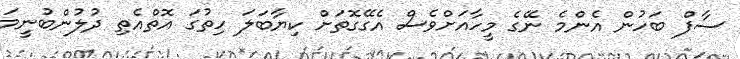
ސާފް ބަހުން އެންމެ ނޭގެ މީހާއަށްވެސް އެގޭގޮތަށް ކިޔާބަލަ ހިތުގަ އޮތްއެތި ދުލުންބުނީމަ